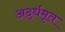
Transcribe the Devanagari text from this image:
अर्द्धमृत